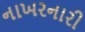
નાખરનારી